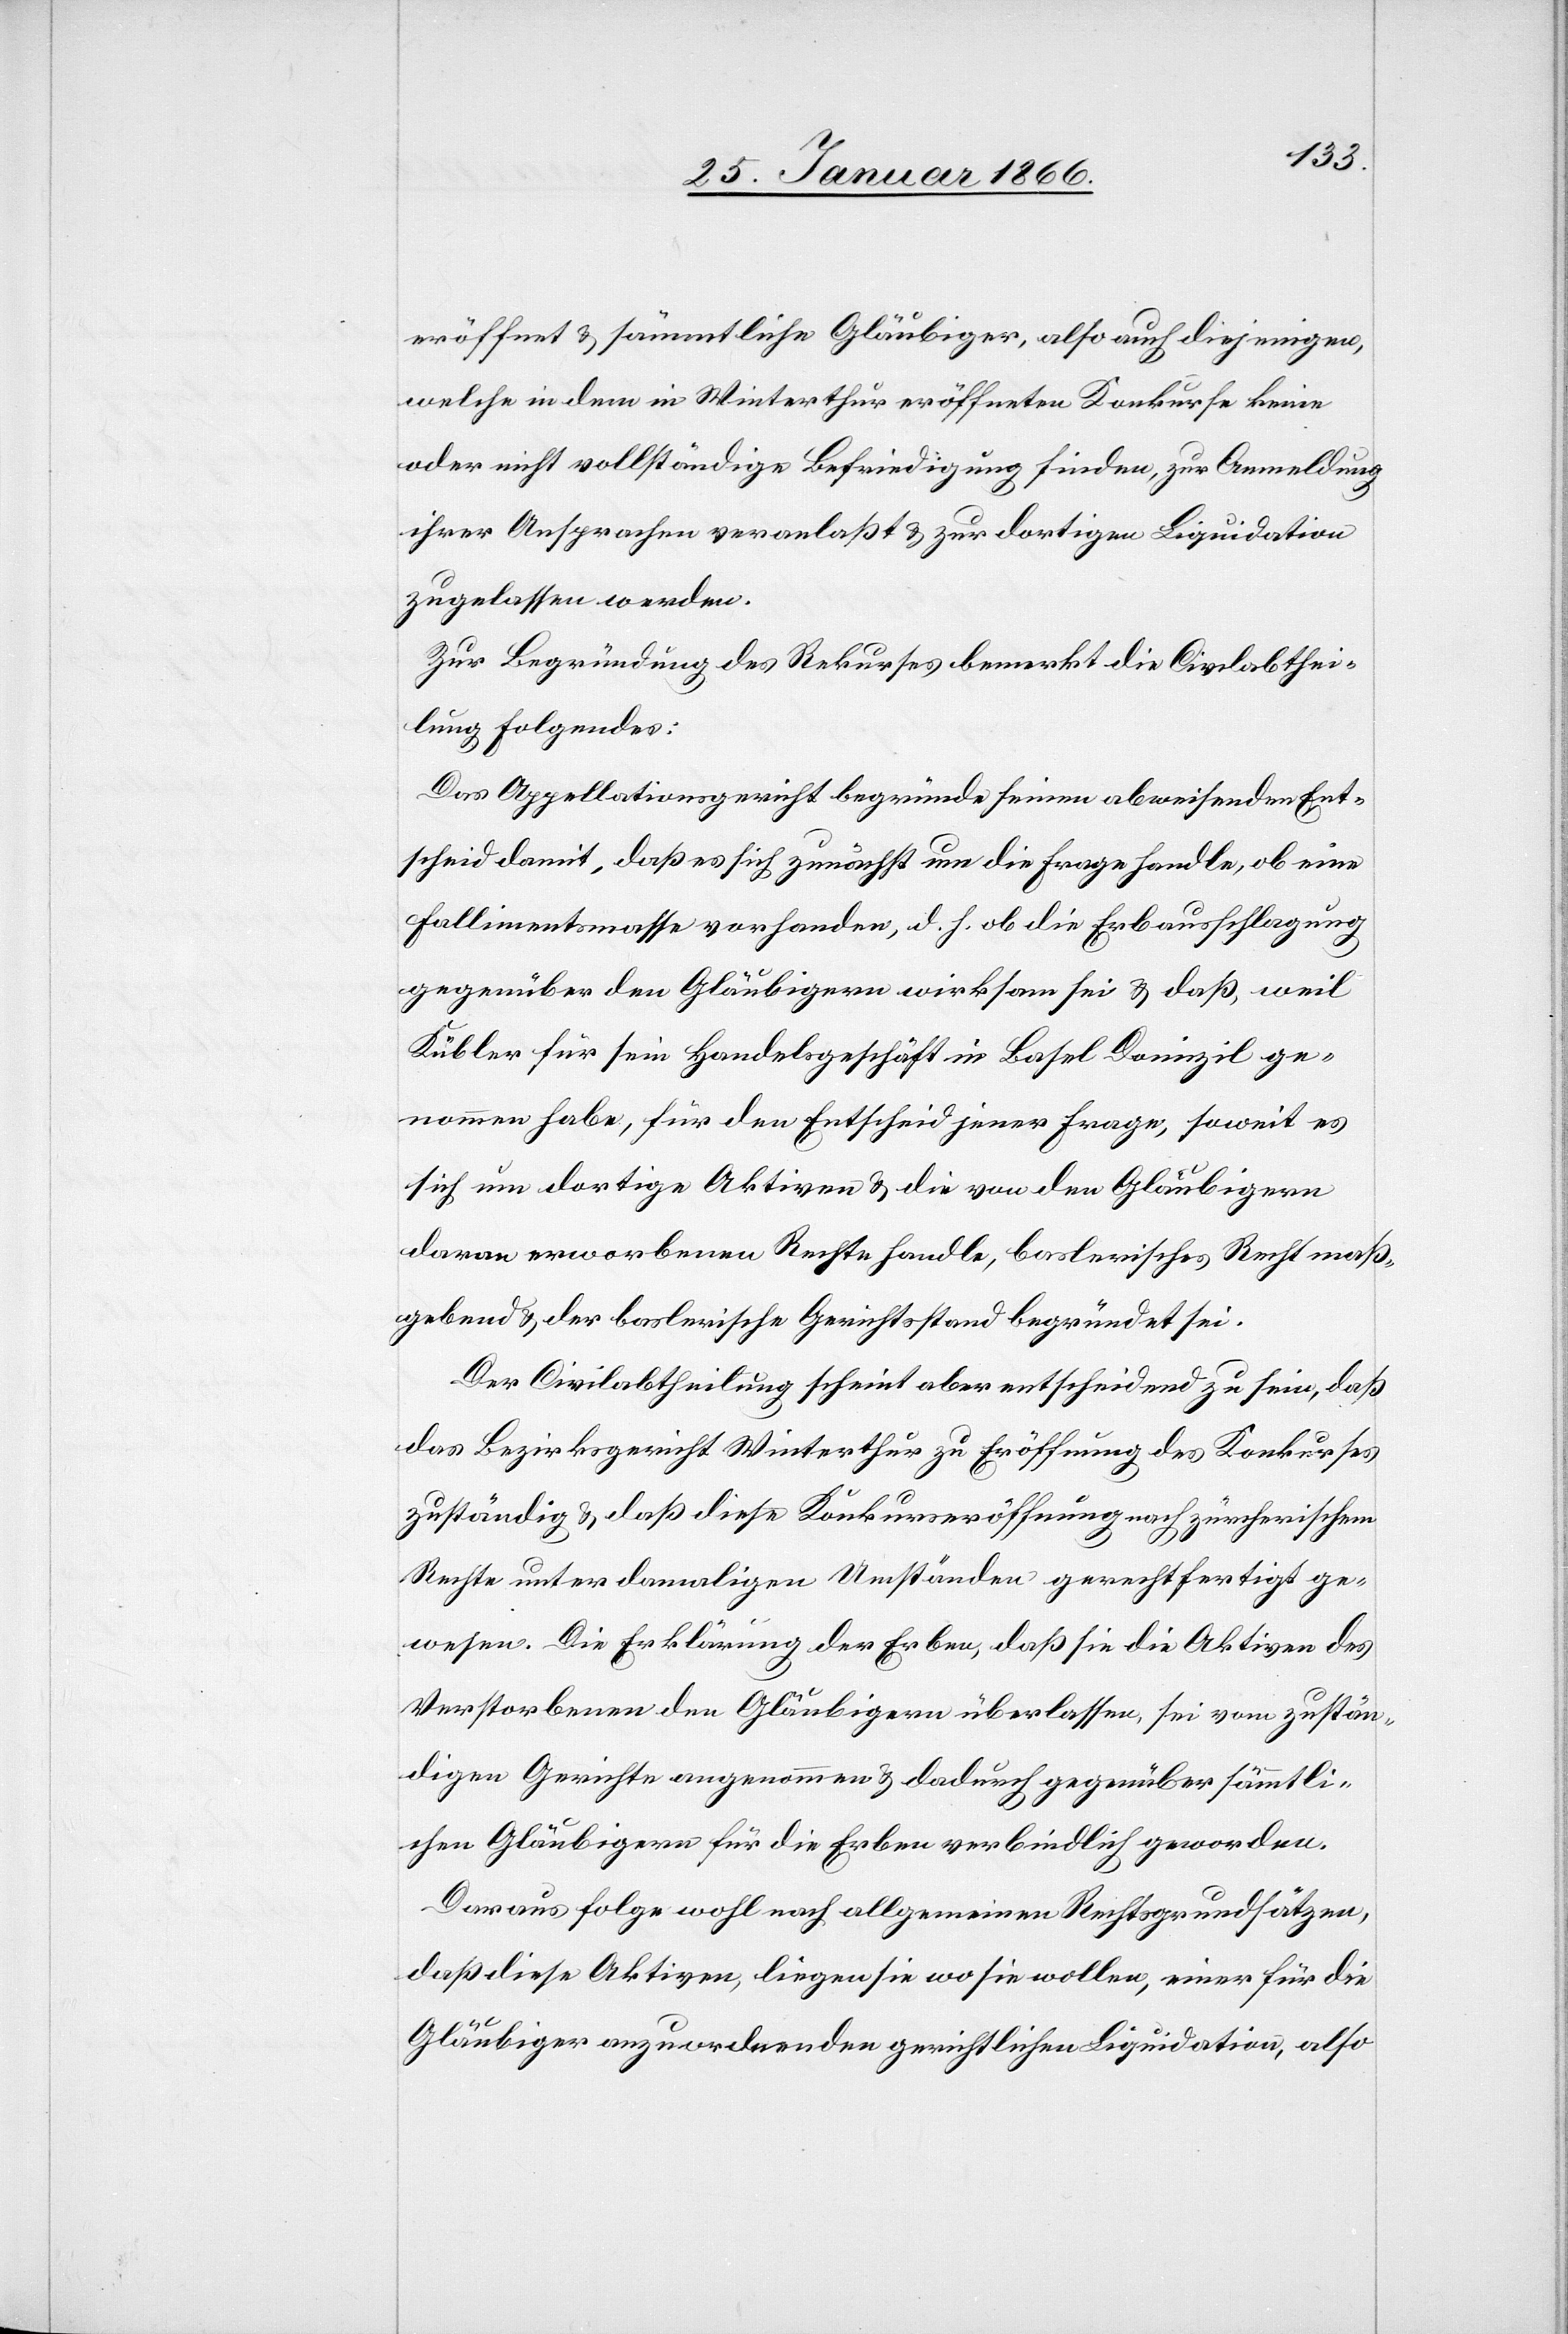
eröffnet u. sämmtliche Gläubiger, also auch diejenigen
welche in dem in Winterthur eröffneten Konkurse keine
oder nicht vollständige Befriedigung finden, zur Anmeldung
ihrer Ansprachen veranlaßt u. zur dortigen Liquidation
zugelassen werden.
Zur Begründung des Rekurses bemerkt die Civilabthei¬
lung folgendes:
Das Appellationsgericht begründe seinen abweisenden Ent¬
scheid damit, daß es sich zunächst um die Frage handle, ob eine
Fallimentsmasse vorhanden, d. h., ob die Erbausschlagung
gegenüber den Gläubigern wirksam sei u. daß, weil
Kübler für sein Handelsgeschäft in Basel Domizil ge¬
nommen habe, für den Entscheid jener Frage, soweit es
sich um dortige Aktiven u. die von den Gläubigern
davon erworbenen Reste handle, baslerisches Recht maß¬
gebend u. der baslerische Gerichtsstand begründet sei.
Der Civilabtheilung scheint aber entscheidend zu sein, daß
das Bezirksgericht Winterthur zu Eröffnung des Konkurses
zuständig u. daß diese Konkurseröffnung nach zürcherischem
Rechte unter damaligen Umständen gerechtfertigt ge¬
wesen. Die Erklärung der Erben, daß sie die Aktiven des
Verstorbenen den Gläubigern überlassen, sei vom zustän¬
digen Gerichte angenommen u. dadurch gegenüber sämmtli¬
chen Gläubigern für die Erben verbindlich geworden.
Daraus folge wohl nach allgemeinen Rechtsgrundsätzen,
daß diese Aktiven, liegen sie wo sie wollen, einer für die
Gläubiger anzuordnenden gerichtlichen Liquidation, also